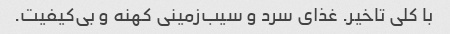
با کلی تاخیر. غذای سرد و سیب‌زمینی کهنه و بی‌کیفیت.